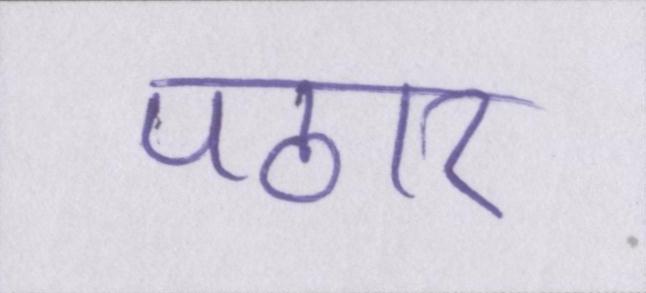
पठार